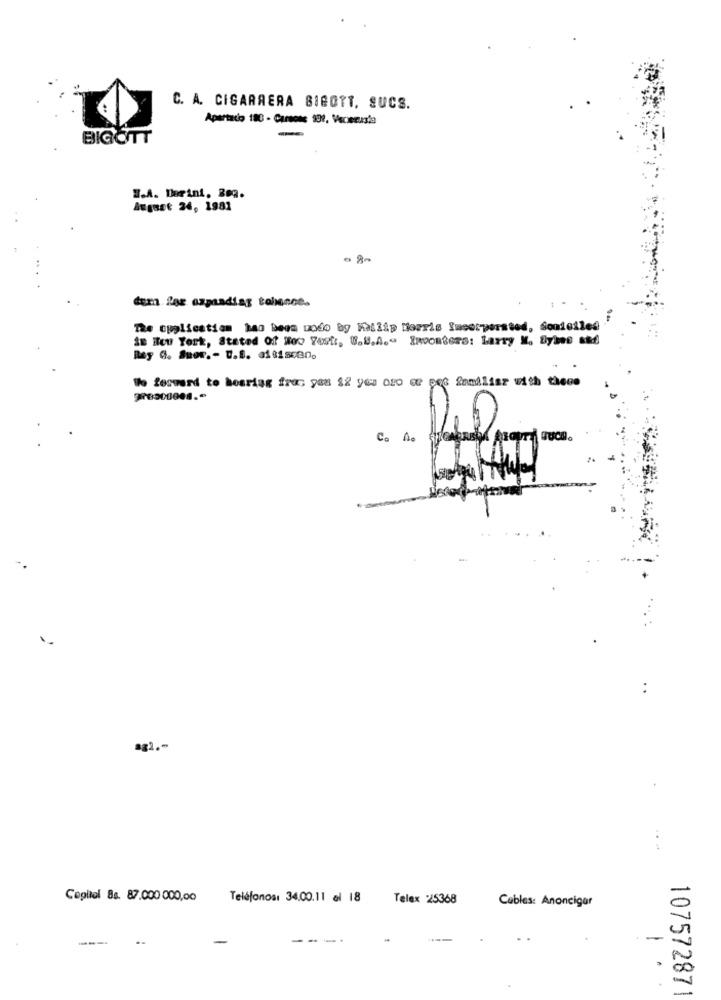
C. A. CIGARRERA 81BOTT. SUCS.
Apartado 183 - Carsose 191, Vecerusta
-
BIGOTT
W.A. Dorini, Bo9.
August 24, 1981
. 80
dem for expanding tobence.
The opplication had been modo by Matlip Morris Incorporated, Sonteiled
is New York, Stated Of How Vest. W.W.A .- ERvosters: Larry M. Bybee and
Rey G. Spor .- U.S. 31 15ce0.
Wo forward to hosriag froc you 12 yes oro er pes familiar with thece
Co Ao
Capitol Bs. 87.000 000,00
Teléfonos: 34.00.11 al 18
Telex 25368
Cables: Anoncigar
..
---
-
107572871